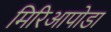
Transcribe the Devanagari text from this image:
मिरिआपोडा